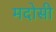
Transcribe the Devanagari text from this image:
मदोसी